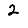
Digit: 2